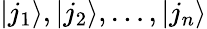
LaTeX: |j_{1}\rangle,|j_{2}\rangle,\ldots,|j_{n}\rangle